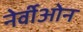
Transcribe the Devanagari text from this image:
नेर्वीओन